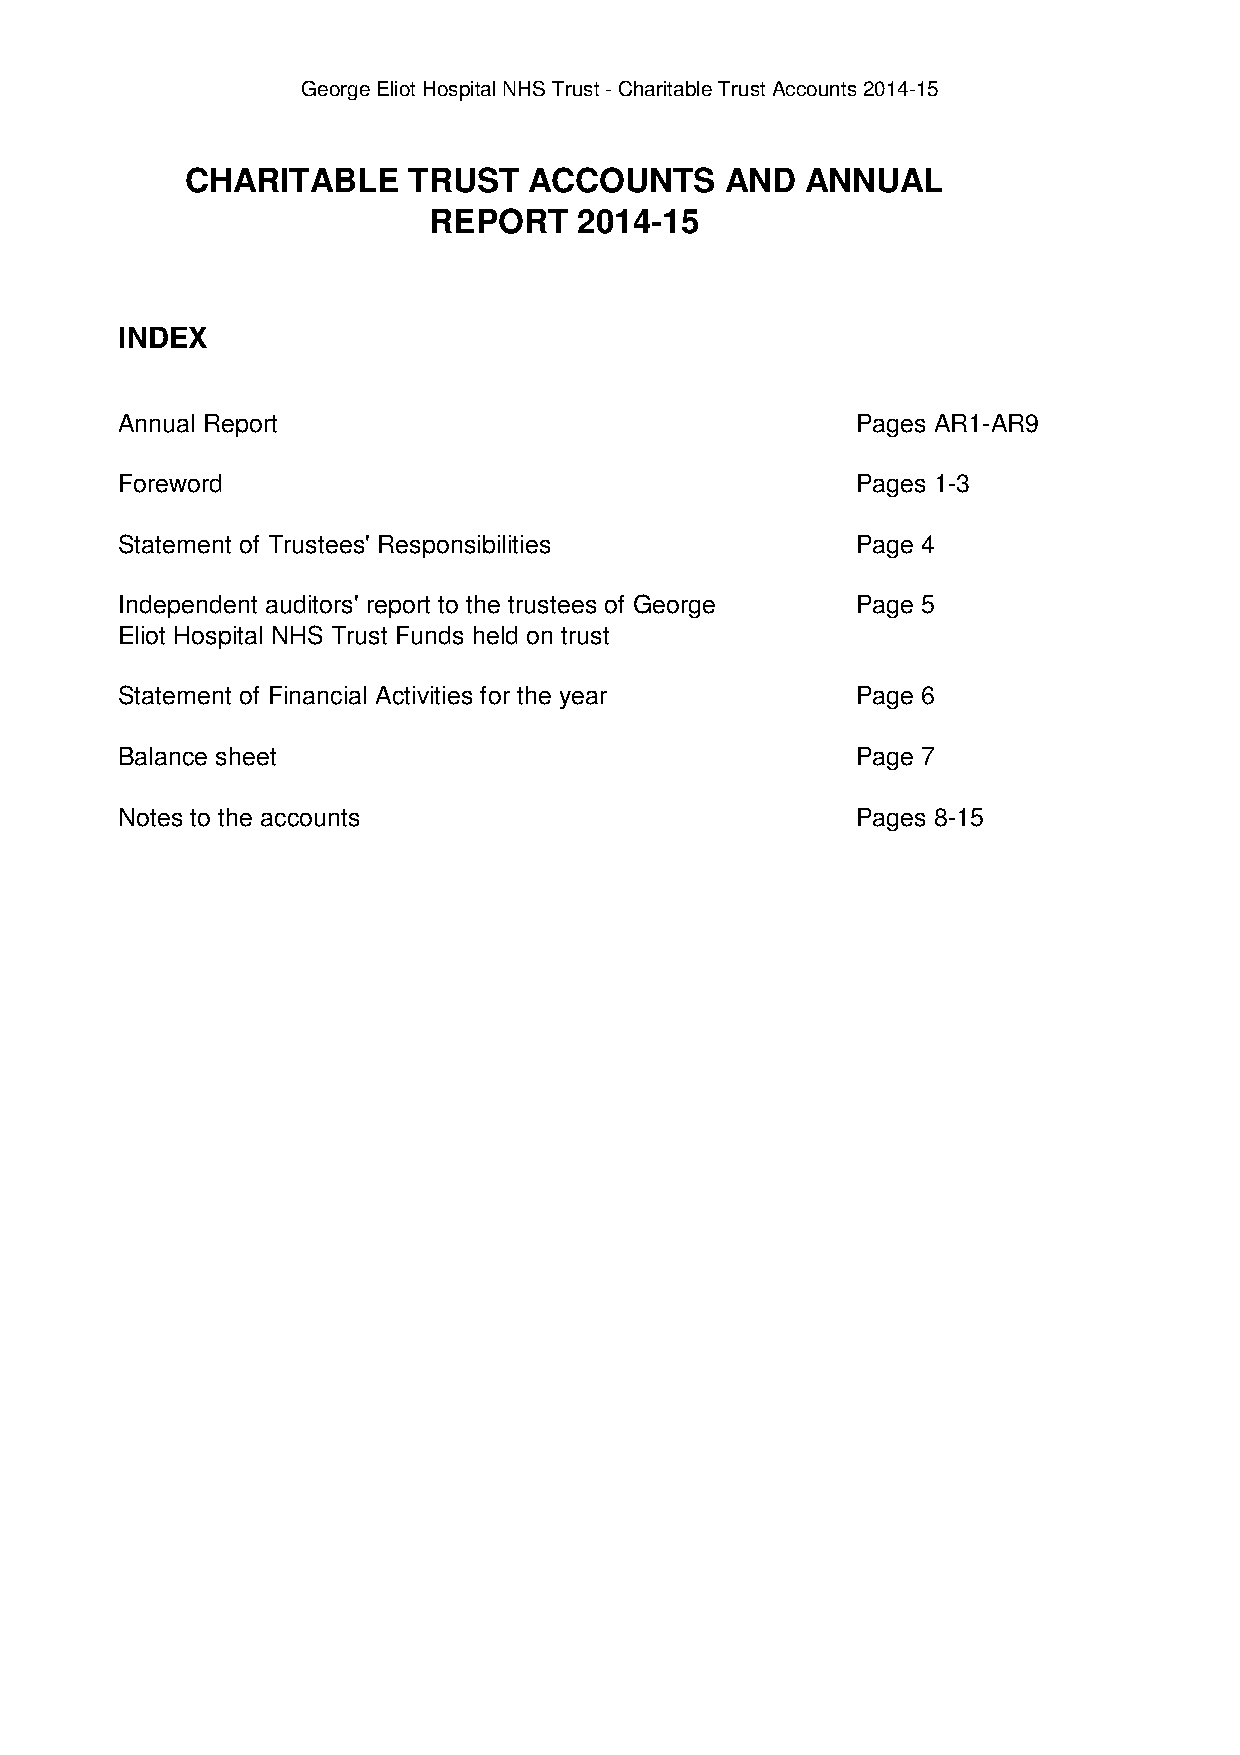
George Eliot Hospital NHS Trust - Charitable Trust Accounts 2014-15
 CHARITABLE     TRUST   ACCOUNTS     AND  ANNUAL
 REPORT    2014-15
 INDEX
 Annual Report                                    Pages AR1-AR9
 Foreword                                         Pages 1-3
 Statement of Trustees' Responsibilities          Page 4
 Independent auditors' report to the trustees of George Page 5
 Eliot Hospital NHS Trust Funds held on trust
 Statement of Financial Activities for the year   Page 6
 Balance sheet                                    Page 7
 Notes to the accounts                            Pages 8-15